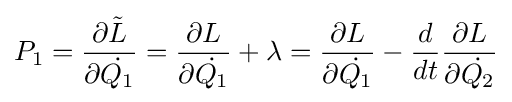
P_{1}={\frac {\partial {\tilde {L}}}{\partial {\dot {Q_{1}}}}}={\frac {\partial L}{\partial {\dot {Q_{1}}}}}+\lambda ={\frac {\partial L}{\partial {\dot {Q_{1}}}}}-{\frac {d}{dt}}{\frac {\partial L}{\partial {\dot {Q_{2}}}}}